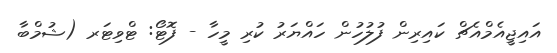
އައިޖީއެމްއެޗް ކައިރިން ފުލުހުން ހައްޔަރު ކުރި މީހާ - ފޮޓޯ: ޓްވިޓަރ (ޝުމްބާ